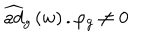
LaTeX: \widehat { a d } _ { g } \left( w \right) . \varphi _ { g } \neq 0